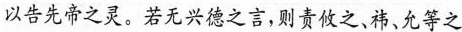
以告先帝之灵。若无兴德之言，则责攸之，祎、允等之